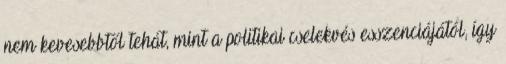
nem kevesebbtől tehát, mint a politikai cselekvés esszenciájától, így